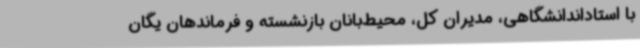
با استاداندانشگاهی، مدیران کل، محیط‌بانان بازنشسته و فرماندهان یگان